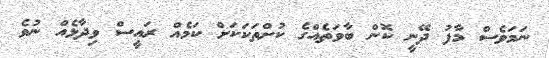
ނަމަވެސް މާފު ދޭނީ ކޮން ބާވަތެއްގެ ކުށްތަކަކަށް ކަމެއް ރައީސް ވިދާޅެއް ނުވެ